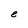
Character: e